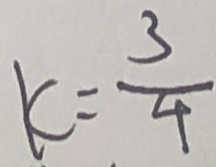
k = \frac { 3 } { 4 }